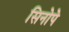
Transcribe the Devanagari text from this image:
सिनोपे